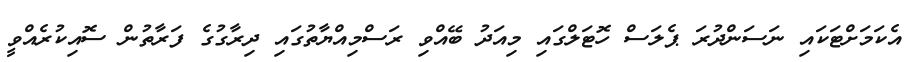
އެކަމަށްޓަކައި ނަސަންދުރަ ޕެލަސް ހޮޓަލްގައި މިއަދު ބޭއްވި ރަސްމިއްޔާތުގައި ދިރާގުގެ ފަރާތުން ސޮއިކުރެއްވީ